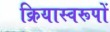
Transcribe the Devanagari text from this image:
क्रियास्वरूपों